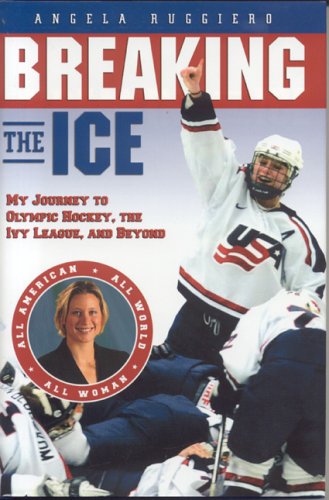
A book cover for Breaking the Ice: My Journey to Olympic Hockey, The Ivy League & Beyond; Angela Ruggiero; Biographies & Memoirs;